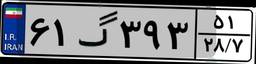
۹۸گ۹۰۰۴۲